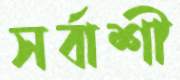
সর্বাশী